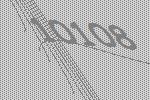
10108